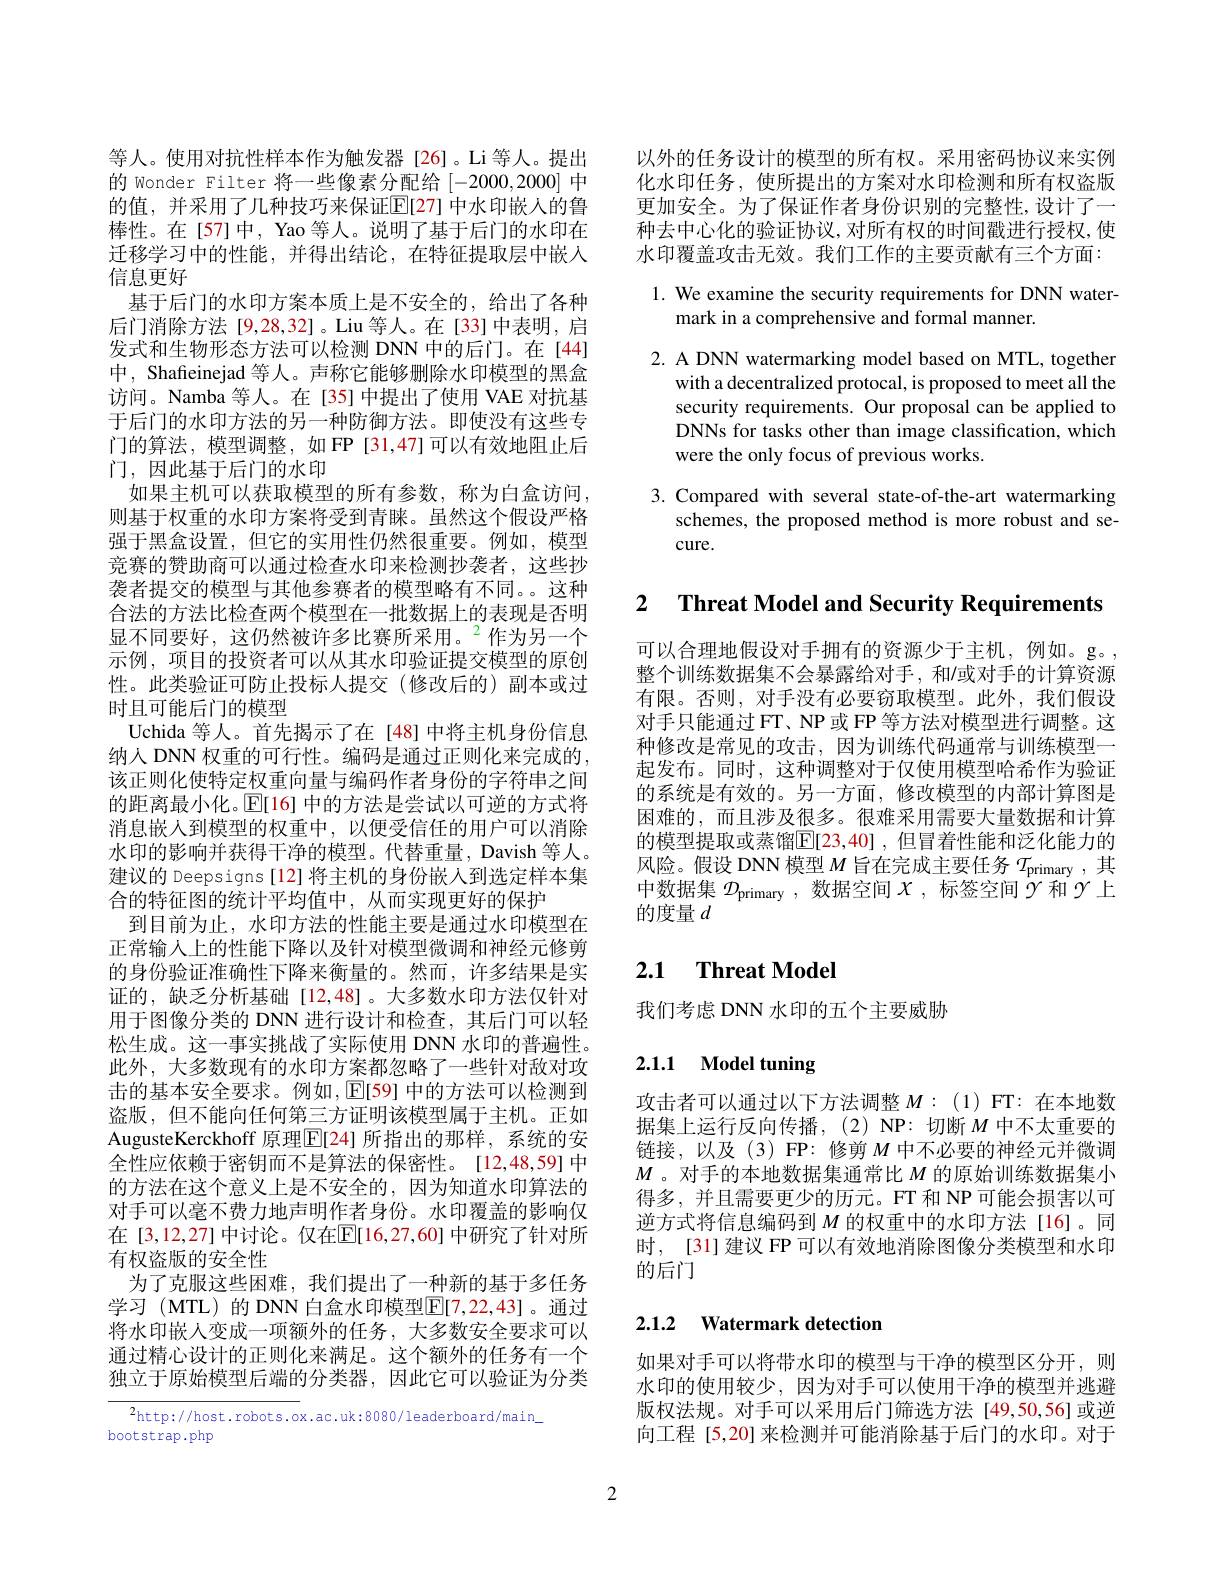
以外的任务设计的模型的所有权。采用密码协议来实例化水印任务，使所提出的方案对水印检测和所有权盗版更加安全。为了保证作者身份识别的完整性，设计了一种去中心化的验证协议，对所有权的时间戳进行授权，使水印覆盖攻击无效。我们工作的主要贡献有三个方面：

1. We examine the security requirements for DNN water-
mark in a comprehensive and formal manner.

2. A DNN watermarking model based on MTL, together
with a decentralized protocal, is proposed to meet all the security requirements. Our proposal can be applied to DNNs for tasks other than image classification, which were the only focus of previous works.

3. Compared with several state-of-the-art watermarking
schemes, the proposed method is more robust and se-
cure.

门，因此基于后门的水印
如果主机可以获取模型的所有参数，称为白盒访问，

等人。使用对抗性样本作为触发器[26]。Li 等人。提出的 Wonder Filter 将一些像素分配给[-2000,2000]中的值，并采用了几种技巧来保证$\mathbb{E}[27]$ 中水印嵌人的鲁棒性。在[57]中，Yao 等人。说明了基于后门的水印在迁移学习中的性能，并得出结论，在特征提取层中嵌入信息更好
基于后门的水印方案本质上是不安全的，给出了各种后门消除方法 [9,28,32]。Liu 等人。在[33]中表明，启发式和生物形态方法可以检测 DNN 中的后门。在[44] 中，Shafieinejad 等人。声称它能够删除水印模型的黑盒访问。Namba 等人。在[35]中提出了使用 VAE 对抗基于后门的水印方法的另一种防御方法。即使没有这些专门的算法，模型调整，如FP[31,47]可以有效地阻止后则基于权重的水印方案将受到青睐。虽然这个假设严格强于黑盒设置，但它的实用性仍然很重要。例如，模型竞赛的赞助商可以通过检查水印来检测抄袭者，这些抄袭者提交的模型与其他参赛者的模型略有不同。。这种合法的方法比检查两个模型在一批数据上的表现是否明显不同要好，这仍然被许多比赛所采用。$^{2}$作为另一个示例，项目的投资者可以从其水印验证提交模型的原创性。此类验证可防止投标人提交(修改后的)副本或过时且可能后门的模型
Uchida 等人。首先揭示了在[48]中将主机身份信息纳人 DNN 权重的可行性。编码是通过正则化来完成的， 该正则化使特定权重向量与编码作者身份的字符串之间的距离最小化。$\mathbb{E}[16]$中的方法是尝试以可逆的方式将消息嵌人到模型的权重中，以便受信任的用户可以消除水印的影响并获得干净的模型。代替重量，Davish 等人。建议的 Deepsigns[12] 将主机的身份嵌入到选定样本集合的特征图的统计平均值中，从而实现更好的保护
到目前为止，水印方法的性能主要是通过水印模型在正常输人上的性能下降以及针对模型微调和神经元修剪的身份验证准确性下降来衡量的。然而，许多结果是实证的，缺乏分析基础[12,48]。大多数水印方法仅针对用于图像分类的 DNN 进行设计和检查，其后门可以轻松生成。这一事实挑战了实际使用 DNN 水印的普遍性。此外，大多数现有的水印方案都忽略了一些针对敌对攻击的基本安全要求。例如，E[59] 中的方法可以检测到盗版，但不能向任何第三方证明该模型属于主机。正如AugusteKerckhoff 原理$\mathbb{E}[24]$ 所指出的那样，系统的安全性应依赖于密钥而不是算法的保密性。[12,48,59] 中的方法在这个意义上是不安全的，因为知道水印算法的对手可以毫不费力地声明作者身份。水印覆盖的影响仅在 [3,12,27] 中讨论。仅在$\overline{\mathrm{E}}[16,27,60]$ 中研究了针对所有权盗版的安全性
为了克服这些困难，我们提出了一种新的基于多任务学习 (MTL) 的 DNN 白盒水印模型$\mathbb{E}[7,22,43]$。通过将水印嵌人变成一项额外的任务，大多数安全要求可以通过精心设计的正则化来满足。这个额外的任务有一个独立于原始模型后端的分类器，因此它可以验证为分类

$^2$http://host.robots.ox.ac.uk:8080/leaderboard/main\_
bootstrap.php

2 $\textbf{Threat Model and Securitv Requirements}$

可以合理地假设对手拥有的资源少于主机，例如。g。, 整个训练数据集不会暴露给对手，和/或对手的计算资源有限。否则，对手没有必要窃取模型。此外，我们假设对手只能通过 FT、NP 或 FP 等方法对模型进行调整。这种修改是常见的攻击，因为训练代码通常与训练模型一起发布。同时，这种调整对于仅使用模型哈希作为验证的系统是有效的。另一方面，修改模型的内部计算图是困难的，而且涉及很多。很难采用需要大量数据和计算的模型提取或蒸馏$\mathbb{E}[23,40]$ ,但冒着性能和泛化能力的风险。假设 DNN 模型$M$旨在完成主要任务$T_\mathrm{primary}$,其中数据集$\mathcal{D}_\mathrm{primary~,~数据空间~}X$ ,标签空间$\gamma$和$\gamma$上的度量$d$

# 2.1 Threat Model

我们考虑 DNN 水印的五个主要威胁

# 2.1.1 Model tuning

攻击者可以通过以下方法调整$M:(1)$FT:在本地数据集上运行反向传播，(2)NP:切断$M$ 中不太重要的链接，以及(3)FP:修剪$M$ 中不必要的神经元并微调$M$ 。对手的本地数据集通常比$M$的原始训练数据集小得多，并且需要更少的历元。FT 和 NP可能会损害以可逆方式将信息编码到$M$的权重中的水印方法[16]。同时，[31] 建议 FP 可以有效地消除图像分类模型和水印的后门

## 2.1.2 Watermark detection

如果对手可以将带水印的模型与干净的模型区分开，则水印的使用较少，因为对手可以使用干净的模型并逃避版权法规。对手可以采用后门筛选方法[49,50,56]或逆向工程 [5,20] 来检测并可能消除基于后门的水印。对于

2